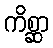
ကိစ္ဆာ